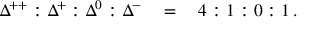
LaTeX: \Delta ^ { + + } : \Delta ^ { + } : \Delta ^ { 0 } : \Delta ^ { - } \quad = \quad 4 : 1 : 0 : 1 \, .